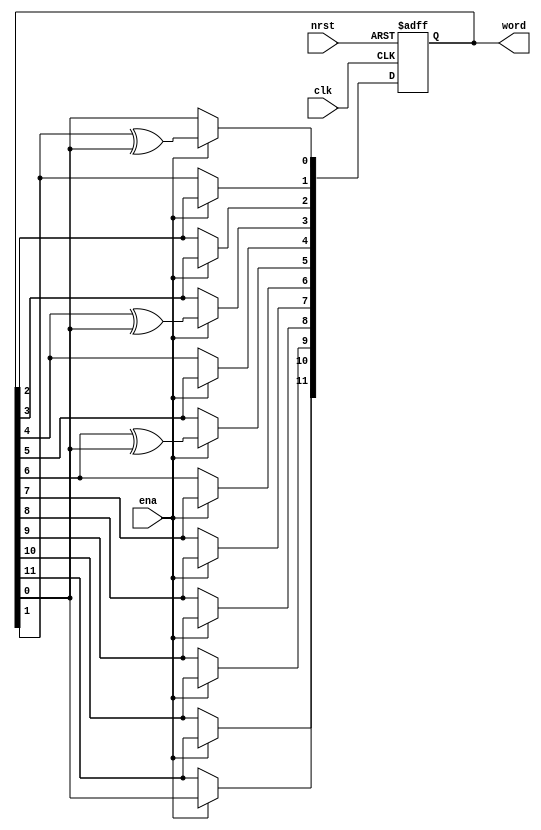
module rw_manager_lfsr12(
	clk, 
	nrst, 
	ena, 
	word
);

	input clk;
	input nrst;
	input ena;
	output reg [11:0] word;

	always @(posedge clk or negedge nrst) begin
		if(~nrst) begin
			word <= 12'b101001101011;
		end
		else if(ena) begin
			word[11] <= word[0];
			word[10] <= word[11];
			word[9] <= word[10];
			word[8] <= word[9];
			word[7] <= word[8];
			word[6] <= word[7];
			word[5] <= word[6] ^ word[0];
			word[4] <= word[5];
			word[3] <= word[4] ^ word[0];
			word[2] <= word[3];
			word[1] <= word[2];
			word[0] <= word[1] ^ word[0];
		end
	end

endmodule